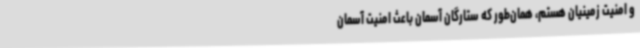
و امنیت زمینیان هستم، همان‌طور که ستارگان آسمان باعث امنیت آسمان